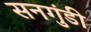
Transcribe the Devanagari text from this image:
सनगुंडी